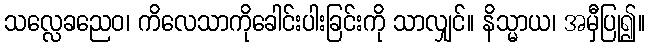
သလ္လေခညေဝ၊ ကိလေသာကိုခေါင်းပါးခြင်းကို သာလျှင်။ နိသ္မာယ၊ အမှီပြု၍။